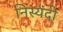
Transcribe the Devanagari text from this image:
निस्यंदी